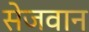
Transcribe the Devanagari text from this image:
सेजवान